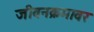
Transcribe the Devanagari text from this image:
जीवनक्रमावर